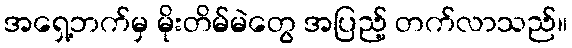
အရှေ့ဘက်မှ မိုးတိမ်မဲတွေ အပြည့် တက်လာသည်။